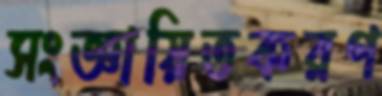
সংজ্ঞায়িতকরণ